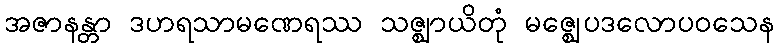
အဇာနန္တာ ဒဟရသာမဏေရဿ သဇ္ဈာယိတုံ မဇ္ဈေပဒလောပဝသေန